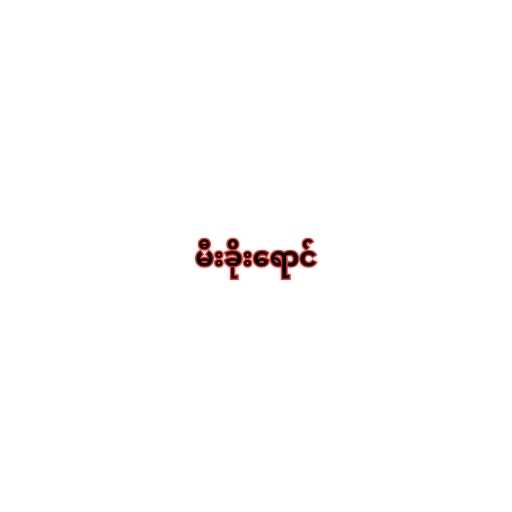
မီးခိုးရောင်